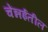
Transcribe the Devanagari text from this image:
चेंन्नईतील